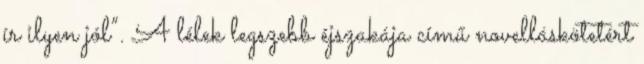
ír ilyen jól”. A lélek legszebb éjszakája című novelláskötetért